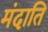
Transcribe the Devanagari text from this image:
मंदाति